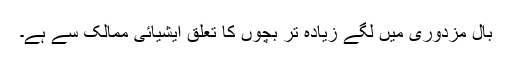
بال مزدوری میں لگے زیادہ تر بچوں کا تعلق ایشیائی ممالک سے ہے۔